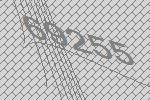
69255